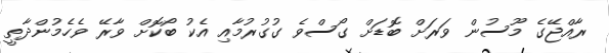
ރާއްޖޭގެ މޫސުން ވަރަށް ބޮޑަށް ގޯސްވެ ގުގުރުމާއި އެކު ބޯކޮށް ވާރޭ ވެހެމުންދާތީ